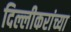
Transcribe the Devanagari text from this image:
दिल्लीकरांच्या